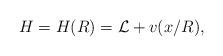
LaTeX: \begin{align*}H=H(R)=\mathcal L+v(x/R),\end{align*}